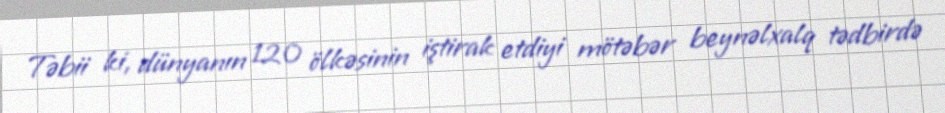
Təbii ki, dünyanın 120 ölkəsinin iştirak etdiyi mötəbər beynəlxalq tədbirdə